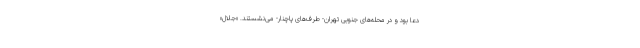
دعا بود و در محله‌های جنوبی تهران- طرف‌های پاچنار- می‌نشستند. «جلال»